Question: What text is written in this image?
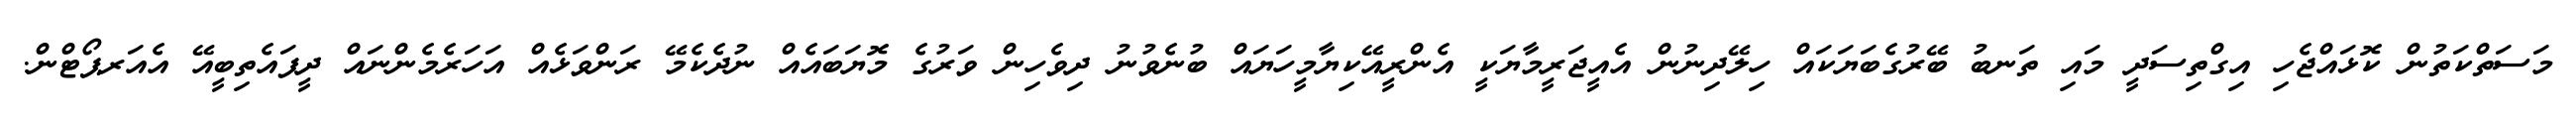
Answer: މަސަތްކަތުން ކޮޅައްޖެހި އިގްތިސަދީ މައި ތަނބު ބޭރުގެބަޔަކައް ހިލޭދިނުން އެއީޖަރީމާޔަކީ އެންރީއޭކިޔާމީހަޔައް ބުނެވުނު ދިވެހިން ވަރުގެ މޮޔަބައެއް ނުދެކެމޭ ރަންވަޅެއް އަހަރެމެންނައް ދީފައެތިބީއޭ އެއަރޕޯޓްން.